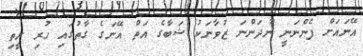
އޭނައަށް ފެންނަނީ ނުދަންނަ ޒުވާނަކު ޝަބާގެ އަތް އޭނަގެ ގާތުގައި ހުރި ރީތި